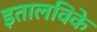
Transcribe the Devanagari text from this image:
इतालविके